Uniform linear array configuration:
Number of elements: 32
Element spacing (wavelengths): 0.75
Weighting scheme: hamming
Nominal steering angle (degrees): -30
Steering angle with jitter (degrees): -28.103
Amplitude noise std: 0.05
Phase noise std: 0.05

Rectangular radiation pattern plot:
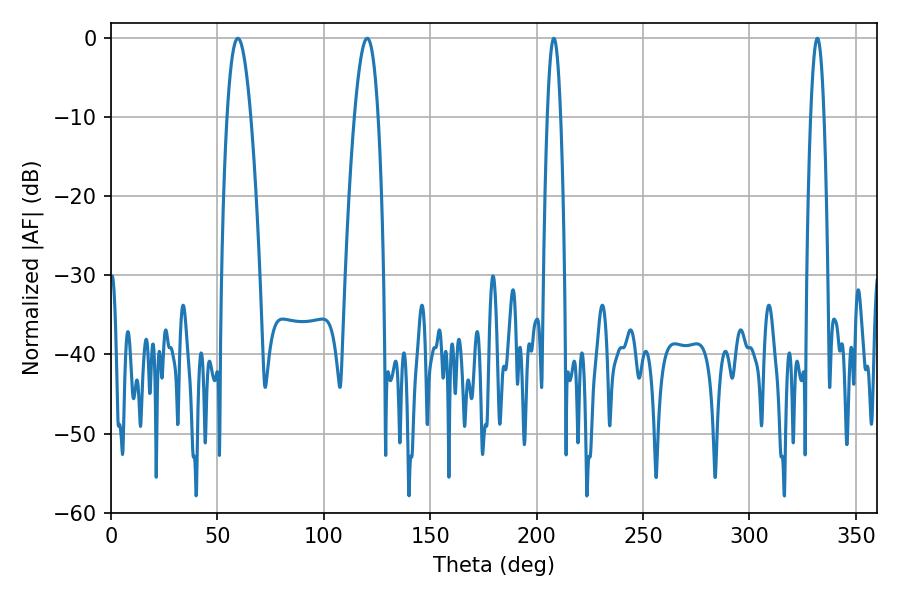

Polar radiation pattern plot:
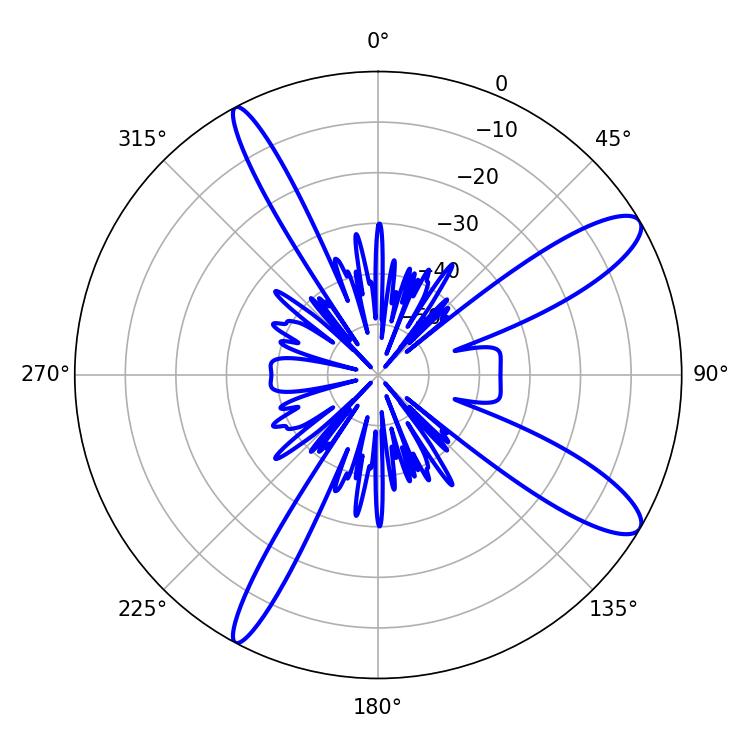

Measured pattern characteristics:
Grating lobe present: TRUE
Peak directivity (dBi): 11.615
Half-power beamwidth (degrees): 3.42
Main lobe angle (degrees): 208.08